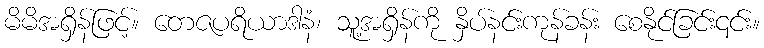
မိမိအရှိန်ဖြင့်။ တေဇပရိယာဒါနံ၊ သူ့အရှိန်ကို နှိပ်နင်းကုန်ခန်း စေနိုင်ခြင်း၎င်း။